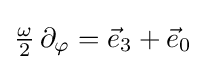
{\tfrac {\omega }{2}}\,\partial _{\varphi }={\vec {e}}_{3}+{\vec {e}}_{0}